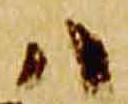
ハ